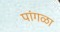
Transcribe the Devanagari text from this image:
पांगळा